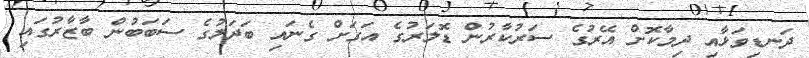
ދަނޑިވަޅާއި ދިމާކޮށް އޭރުގެ ސަރުކާރުން ޑޮލަރުގެ އަގަށް ގެނައި ބަދަލުގެ ސަބަބުން ބާޒާރުގައި